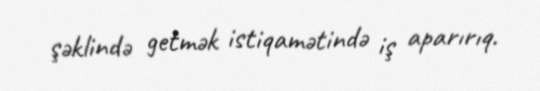
şəklində getmək istiqamətində iş aparırıq.